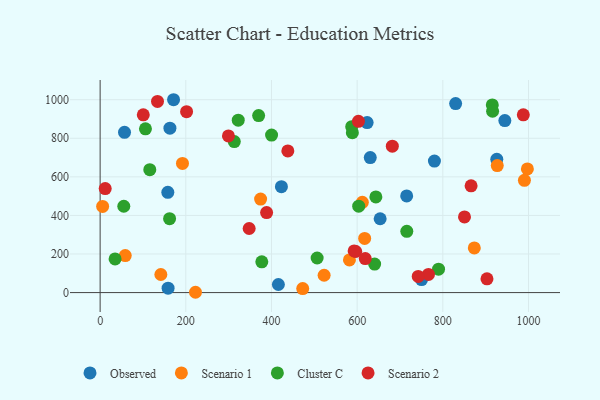
{"axis": {"x": "Speed", "y": "Fuel Efficiency"}, "legend": ["Cluster C", "Observed", "Scenario 1", "Scenario 2"], "data": [{"x": "926.0", "y": 690.6, "type": "Observed"}, {"x": "630.6", "y": 699.8, "type": "Observed"}, {"x": "162.9", "y": 852.5, "type": "Observed"}, {"x": "56.9", "y": 830.9, "type": "Observed"}, {"x": "171.4", "y": 999.8, "type": "Observed"}, {"x": "653.7", "y": 382.8, "type": "Observed"}, {"x": "944.8", "y": 891.7, "type": "Observed"}, {"x": "416.1", "y": 41.8, "type": "Observed"}, {"x": "158.0", "y": 519.9, "type": "Observed"}, {"x": "623.3", "y": 881.4, "type": "Observed"}, {"x": "780.4", "y": 681.5, "type": "Observed"}, {"x": "423.2", "y": 549.1, "type": "Observed"}, {"x": "715.6", "y": 501.3, "type": "Observed"}, {"x": "829.9", "y": 980.1, "type": "Observed"}, {"x": "158.6", "y": 23.0, "type": "Observed"}, {"x": "750.4", "y": 67.6, "type": "Observed"}, {"x": "582.0", "y": 169.1, "type": "Scenario 1"}, {"x": "927.1", "y": 658.2, "type": "Scenario 1"}, {"x": "873.5", "y": 231.5, "type": "Scenario 1"}, {"x": "222.6", "y": 1.6, "type": "Scenario 1"}, {"x": "997.4", "y": 641.2, "type": "Scenario 1"}, {"x": "141.7", "y": 93.7, "type": "Scenario 1"}, {"x": "374.6", "y": 484.5, "type": "Scenario 1"}, {"x": "58.6", "y": 191.7, "type": "Scenario 1"}, {"x": "5.8", "y": 446.7, "type": "Scenario 1"}, {"x": "617.5", "y": 280.9, "type": "Scenario 1"}, {"x": "522.9", "y": 89.8, "type": "Scenario 1"}, {"x": "612.1", "y": 468.1, "type": "Scenario 1"}, {"x": "192.2", "y": 669.8, "type": "Scenario 1"}, {"x": "990.5", "y": 582.0, "type": "Scenario 1"}, {"x": "472.9", "y": 20.9, "type": "Scenario 1"}, {"x": "115.9", "y": 637.0, "type": "Cluster C"}, {"x": "162.1", "y": 383.2, "type": "Cluster C"}, {"x": "105.8", "y": 849.0, "type": "Cluster C"}, {"x": "790.0", "y": 121.5, "type": "Cluster C"}, {"x": "915.5", "y": 972.8, "type": "Cluster C"}, {"x": "322.4", "y": 894.0, "type": "Cluster C"}, {"x": "916.2", "y": 940.1, "type": "Cluster C"}, {"x": "370.0", "y": 917.4, "type": "Cluster C"}, {"x": "34.9", "y": 174.7, "type": "Cluster C"}, {"x": "640.8", "y": 147.9, "type": "Cluster C"}, {"x": "603.6", "y": 448.1, "type": "Cluster C"}, {"x": "55.2", "y": 447.6, "type": "Cluster C"}, {"x": "506.6", "y": 179.3, "type": "Cluster C"}, {"x": "715.9", "y": 317.7, "type": "Cluster C"}, {"x": "400.2", "y": 816.6, "type": "Cluster C"}, {"x": "643.7", "y": 495.8, "type": "Cluster C"}, {"x": "588.8", "y": 829.0, "type": "Cluster C"}, {"x": "313.2", "y": 783.0, "type": "Cluster C"}, {"x": "377.4", "y": 159.7, "type": "Cluster C"}, {"x": "587.3", "y": 860.0, "type": "Cluster C"}, {"x": "596.7", "y": 213.1, "type": "Scenario 2"}, {"x": "438.2", "y": 734.6, "type": "Scenario 2"}, {"x": "766.5", "y": 94.1, "type": "Scenario 2"}, {"x": "299.5", "y": 811.9, "type": "Scenario 2"}, {"x": "593.0", "y": 216.1, "type": "Scenario 2"}, {"x": "682.1", "y": 758.9, "type": "Scenario 2"}, {"x": "201.8", "y": 937.9, "type": "Scenario 2"}, {"x": "11.8", "y": 539.2, "type": "Scenario 2"}, {"x": "347.9", "y": 332.1, "type": "Scenario 2"}, {"x": "388.6", "y": 414.8, "type": "Scenario 2"}, {"x": "133.9", "y": 990.8, "type": "Scenario 2"}, {"x": "742.6", "y": 83.8, "type": "Scenario 2"}, {"x": "618.9", "y": 176.4, "type": "Scenario 2"}, {"x": "603.0", "y": 887.7, "type": "Scenario 2"}, {"x": "100.7", "y": 921.6, "type": "Scenario 2"}, {"x": "850.6", "y": 392.3, "type": "Scenario 2"}, {"x": "903.1", "y": 71.1, "type": "Scenario 2"}, {"x": "866.0", "y": 553.2, "type": "Scenario 2"}, {"x": "987.9", "y": 921.3, "type": "Scenario 2"}]}